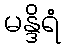
မန္ဒိရံ